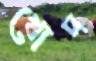
খোদ